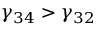
\gamma _ { 3 4 } > \gamma _ { 3 2 }